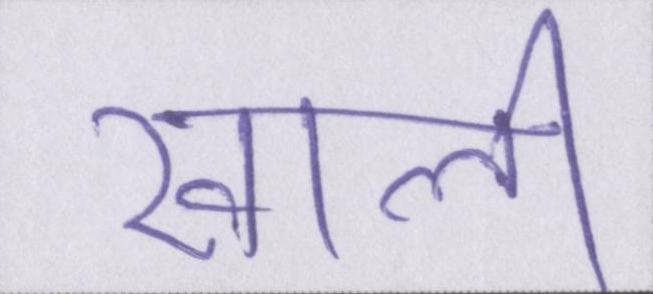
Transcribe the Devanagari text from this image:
खाली